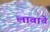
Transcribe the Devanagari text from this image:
लावाचे